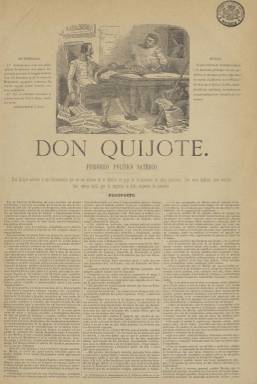
Título: Don Quijote (Madrid. 1869)
Colección: Revistas satíricas y humorísticas || Periódicos
Ámbito geográfico: Madrid
Lugar de publicación: Madrid
Fechas: 01/01/1869-30/07/1869

De carácter político-satírico, señala el subtítulo de este periódico, que indica que “saldrá en busca de aventuras revolucionarias” cada cinco días, haciéndolo desde el cinco de enero al 30 de julio de 1869, en el momento en el que las elecciones darán paso al periodo constituyente de la septembrina. Será un periódico dinástico (borbónico), clerical y tradicionalista, que va a ser utilizado para criticar y ridiculizar a los “revolucionarios” de su tiempo, es decir a los progresistas, pero también a los demócratas y republicanos, por lo que su carácter es “antirrevolucionario”, cuya corta vida será también azarosa, pues antes de que aparezca su entrega 42 y última fue víctima de la denominada Partida de la Porra, especializada en el destrozo de las redacciones de la prensa opositora del periodo.

Fue fundado por el periodista y dramaturgo eldense de ideas conservadoras Juan Rico y Amat (1821-1870), que en 1867 ya había dirigido La Farsa, acompañado en su redacción por el también periodista y escritor algecireño Manuel Ossorio y Bernard (1839-1904), así como por el escritor fundamentalista gaditano Alfonso Antonio Bermejo (1820-1892). Su propósito fue combatir la revolución con “las armas quijotescas, sirviendo a los principios de la Religión y de la Monarquía”, y sus textos, a partes iguales escritos en prosa (artículos, relatos, dramas, etc.) y en verso (coplillas, sonetos, etc.), están firmados por nombres extraídos de la obra cervantina.

Tal como aparece en su prospecto, Don Quijote (Rico y Amat) será el encargado de reseñar y comentar las sesiones de las Cortes; Sancho (Ossorio y Bernard) tendrá a cargo la “sección de broma” Quijotadas; Maese Pedro, dará cuenta de los sucesos más notables de la “revolución”; el bachiller Sansón Carrasco redactará las crónicas o las revistas de chismografía; Merlín “profetizará el provenir”; Angulo y Malo reseñará las funciones de teatro, y El Barbero escribirá versos. También son usados como seudónimos El Cura, El Ventero o Durandarte, y Bermejo usará el de Fr. Cándido Medinilla. Otras de sus secciones, serán Efemérides o Última hora: partes telegráficos de estilo satírico, y a partir de su entrega 39 (15 de julio), aparecerá en la cabecera indicado como director Sebas Pérez.

También en su prospecto señalaba cuales eran las ideas que pensaba sostener la publicación: unidad política, unidad territorial, monarquía constitucional, orden moral y material, libertad “bien entendida y practicada”, sufragio universal, derecho de reunión y asociación, libertad absoluta de imprenta, descentralización administrativa o juicio por jurados. En su número de 30 de abril emitirá el ataque más duro de la prensa tradicionalista contra el diputado republicano y médico gerundense Francisco Suñer y Capdevila (1826-1898) por sus palabras en la sesión sobre libertad de cultos de las Cortes constituyentes. Sus ataques más furibundos y de desprestigio los lanzó contra el general Juan Prim (1814-1870), al que acusaba de ser el principal artífice de la revolución, pero también contra el regente y presidente del gobierno, el general Francisco Serrano (1810-1885). Un artículo de Fr. Cándido Medinilla (del 15 de julio) contra el entonces alcalde madrileño Nicolás María Rivero (1815-1878) motivó una querella de éste por injurias y calumnias.

Sus entregas son de cuatro páginas, compuestas a tres columnas. Su cabecera va acompañada de un grabado con Don Quijote y Sancho. Fue impreso, primero en el establecimiento tipográfico de R. Vicente y después en la imprenta a cargo de Ramón Moreno.

El hecho más traumático de esta publicación será el asalto a su redacción y la brutal paliza de que fue objeto su director por parte de la denominada Partida de la Porra, cuya jefatura es atribuida a Felipe Ducazcal (1849-1891), lo que produjo el cierre del periódico y la marcha a su pueblo de Amat y Rico, quien fallecería un año después, por lo que su muerte fue considerada un “asesinato impremeditado”. Ya en el prospecto del periódico se había indicado: “Don Quijote advierte a sus favorecedores que en sus oficinas se admiten en pago de la suscrición los palos patrióticos. Les avisa también para evitarles todo trabajo inútil, que la imprenta se halla asegurada de incendios”, y en la última línea de su última entrega había anunciado “palos en lontananza”.